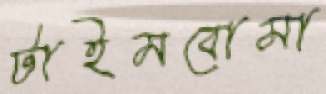
টাইমবোমা